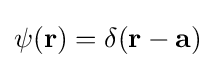
\psi (\mathbf {r} )=\delta (\mathbf {r} -\mathbf {a} )